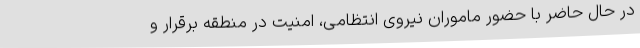
در حال حاضر با حضور ماموران نیروی انتظامی، امنیت در منطقه برقرار و